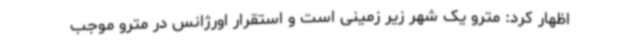
اظهار کرد: مترو یک شهر زیر زمینی است و استقرار اورژانس در مترو موجب